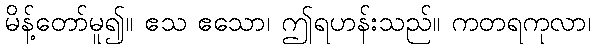
မိန့်တော်မူ၍။ ဧသ ဧသော၊ ဤရဟန်းသည်။ ကတရကုလာ၊